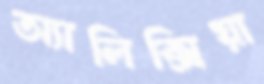
অ্যালিক্সিয়া